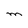
Character: M